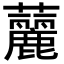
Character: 䕻